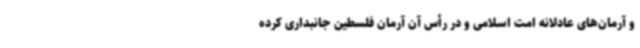
و آرمان‌های عادلانه امت اسلامی و در رأس آن آرمان فلسطین جانبداری کرده